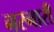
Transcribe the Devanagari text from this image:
नरनारीं